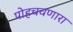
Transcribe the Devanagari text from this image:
पोहचवणारा